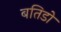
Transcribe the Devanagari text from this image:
बतिडो